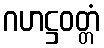
ဂဟဋ္ဌဝတ္တံ